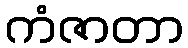
ကံဇာတာ